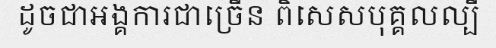
ដូចជាអង្គការជាច្រើន ពិសេសបុគ្គលល្បី